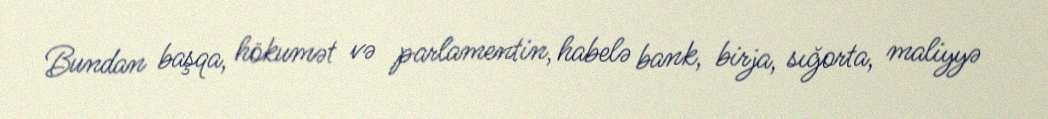
Bundan başqa, hökumət və parlamentin, habelə bank, birja, sığorta, maliyyə